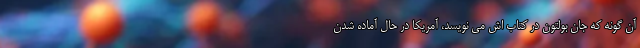
آن گونه که جان بولتون در کتاب اش می نویسد، آمریکا در حال آماده شدن